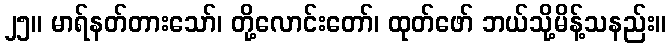
၂၅။ မာရ်နတ်တားသော်၊ တို့လောင်းတော်၊ ထုတ်ဖော် ဘယ်သို့မိန့်သနည်း။